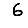
Digit: 6